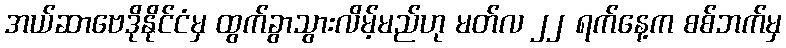
အယ်ဆာဗေဒိုနိုင်ငံမှ ထွက်ခွာသွားလိမ့်မည်ဟု မတ်လ ၂၂ ရက်နေ့က စစ်ဘက်မှ